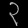
Digit: ၃